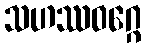
သဟဿဝဂ္ဂေ